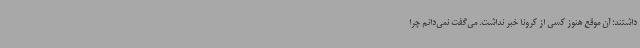
داشتند؛ آن موقع هنوز کسی از کرونا خبر نداشت. می‌گفت نمی‌دانم چرا